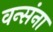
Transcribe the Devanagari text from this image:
वन्संना